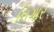
નિગાર